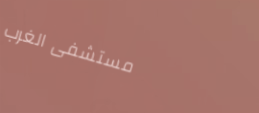
مستشفى الغرب